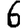
Digit: 6